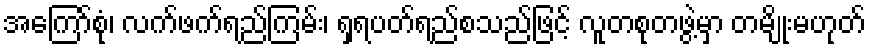
အကြော်စုံ၊ လက်ဖက်ရည်ကြမ်း၊ ရှရပတ်ရည်စသည်ဖြင့် လူတစုတဖွဲ့မှာ တမျိုးမဟုတ်